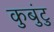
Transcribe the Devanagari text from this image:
कुबुंटु